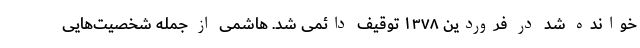
خوانده شد در فروردین ۱۳۷۸ توقیف دائمی شد. هاشمی از جمله شخصیت‌هایی